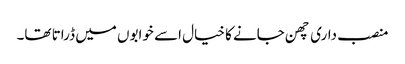
منصب داری چھن جانے کا خیال اسے خوابوں میں ڈراتا تھا۔